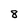
Character: 8